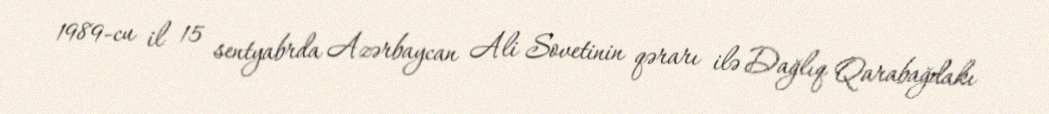
1989-cu il 15 sentyabrda Azərbaycan Ali Sovetinin qərarı ilə Dağlıq Qarabağdakı